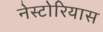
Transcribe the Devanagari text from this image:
नेस्टोरियास